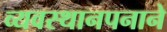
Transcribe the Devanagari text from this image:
व्यवस्थानपनाने